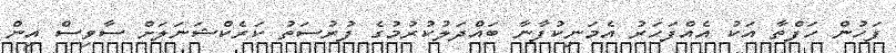
ފަހުން ހަފްތާ އަކު އެއްފަހަރު އެމަނިކުފާނާ ބައްދަލުކުރުމުގެ ފުރުސަތު ކަރެކްޝަނަލަށް ސާވިސް އިން